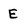
Character: E